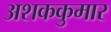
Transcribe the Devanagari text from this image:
अशककुमार